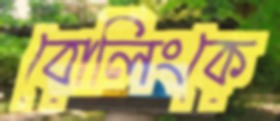
বোলিংকে